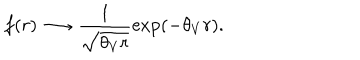
f ( r ) \longrightarrow \frac { 1 } { \sqrt { \theta _ { V } r } } \exp ( - \theta _ { V } r ) .